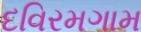
દવિરમગામ